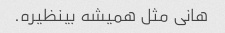
هانی مثل همیشه بینظیره.